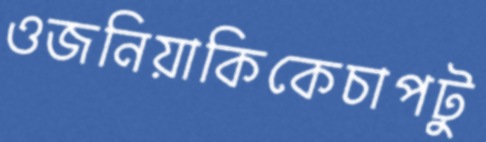
ওজনিয়াকিকেচাপটু